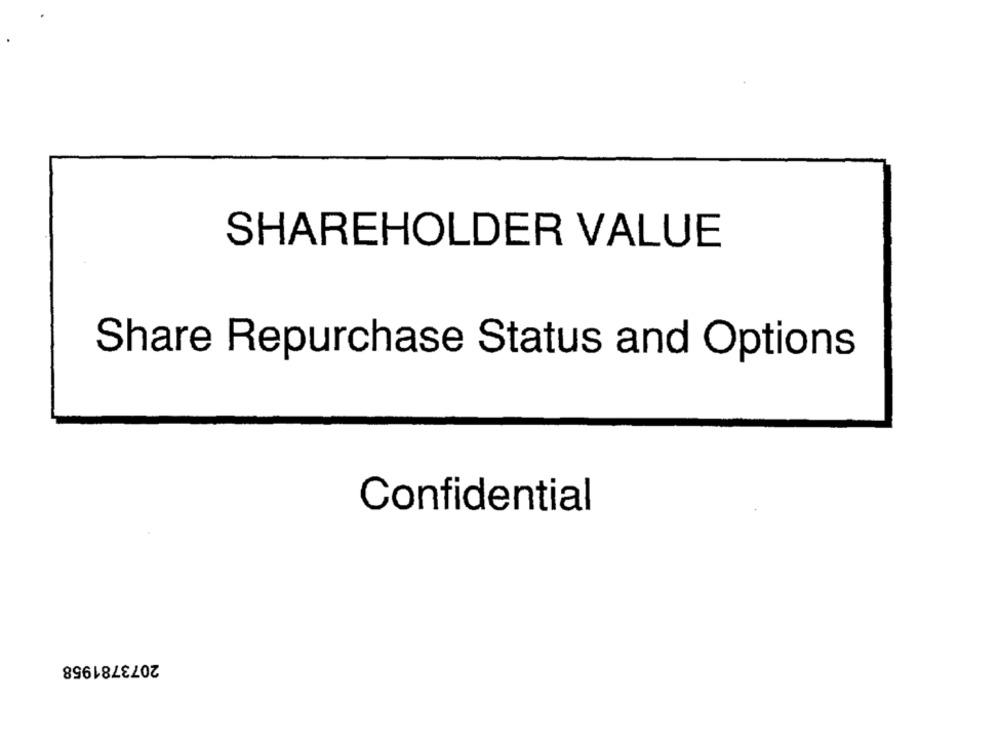
SHAREHOLDER VALUE
Share Repurchase Status and Options
Confidential
2073781958